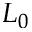
L _ { 0 }